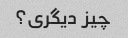
چیز دیگری؟